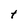
Character: t